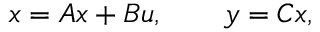
\d { \b { x } } = \b { A x } + \b { B u } , \qquad \b { y } = \b { C x } ,